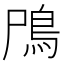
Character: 鳲